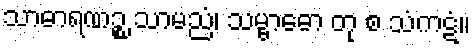
သာဓာရဏဉ္စ သာမညံ၊ သမ္ဗာဓော တု စ သံကဋံ။